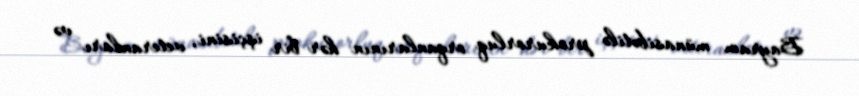
Bayram münasibətilə prokurorluq orqanlarının hər bir işçisini, veteranları və